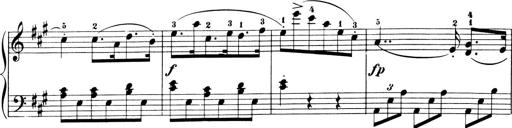
Title: 6 Piano Sonatinas
Composer: Cornelius Gurlitt